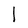
Character: 1